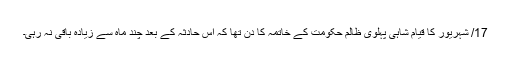
17/ شہریور کا قیام شاہی پہلوی ظالم حکومت کے خاتمہ کا دن تھا کہ اس حادثہ کے بعد چند ماہ سے زیادہ باقی نہ رہی۔